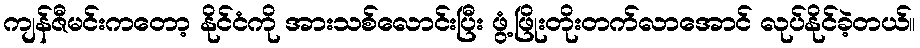
ကျန်ဇီမင်းကတော့ နိုင်ငံကို အားသစ်လောင်းပြီး ဖွံ့ဖြိုးတိုးတက်လာအောင် လုပ်နိုင်ခဲ့တယ်။